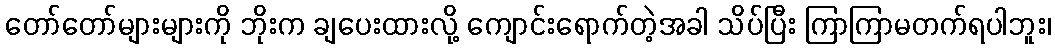
တော်တော်များများကို ဘိုးက ချပေးထားလို့ ကျောင်းရောက်တဲ့အခါ သိပ်ပြီး ကြာကြာမတက်ရပါဘူး၊